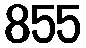
855